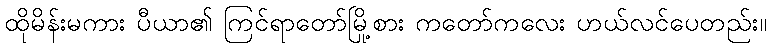
ထိုမိန်းမကား ပီယာ၏ ကြင်ရာတော်မြို့စား ကတော်ကလေး ဟယ်လင်ပေတည်း။